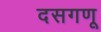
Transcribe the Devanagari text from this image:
दसगणू